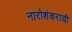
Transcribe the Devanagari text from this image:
नारोशंकराची